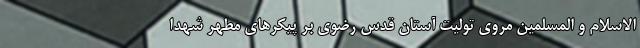
الاسلام و المسلمین مروی تولیت آستان قدس رضوی بر پیکرهای مطهر شهدا